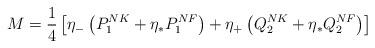
LaTeX: \begin{align*}M = {1 \over 4} \left[ \eta_- \left( P^{NK}_1 + \eta_* P^{NF}_1 \right) + \eta_+ \left( Q^{NK}_2 + \eta_* Q^{NF}_2 \right) \right]\end{align*}